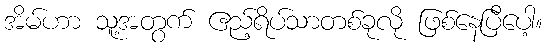
အိမ်ဟာ သူ့အတွက် ဧည့်ရိပ်သာတစ်ခုလို ဖြစ်နေပြီပေါ့။